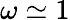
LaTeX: \omega\simeq 1